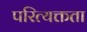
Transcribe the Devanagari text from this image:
परित्यक्तता